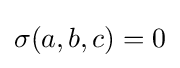
\sigma (a,b,c)=0